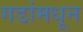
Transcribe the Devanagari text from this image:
गडांमधून